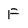
Character: F